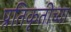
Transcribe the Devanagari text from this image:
प्रतिकृतीच्या